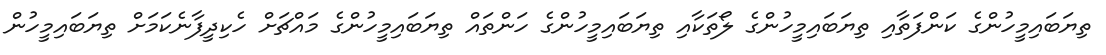
ތިޔަބައިމީހުންގެ ކަންފަތާއި ތިޔަބައިމީހުންގެ ލޯތަކާއި ތިޔަބައިމީހުންގެ ހަންތައް ތިޔަބައިމީހުންގެ މައްޗަށް ހެކިދީފާނެކަމަށް ތިޔަބައިމީހުން